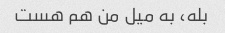
بله، به میل من هم هست